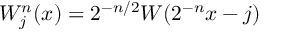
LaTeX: W _ { j } ^ { n } ( x ) = 2 ^ { - n / 2 } W ( 2 ^ { - n } x - j )